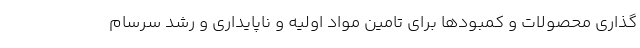
گذاری محصولات و کمبودها برای تامین مواد اولیه و ناپایداری و رشد سرسام